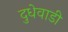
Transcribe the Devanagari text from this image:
दुधेवाडी